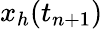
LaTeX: x_{h}(t_{n+1})